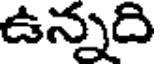
ఉన్నది